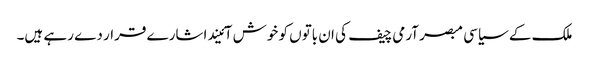
ملک کے سیاسی مبصر آرمی چیف کی ان باتوں کو خوش آئیند اشارے قرار دے رہے ہیں۔